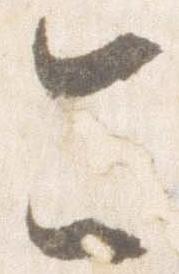
今